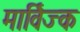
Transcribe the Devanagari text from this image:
मार्विज्क